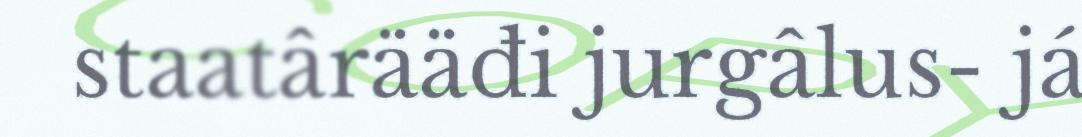
staatârääđi jurgâlus- já